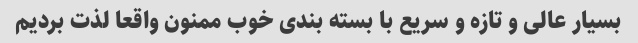
بسیار عالی و تازه و سریع با بسته بندی خوب ممنون واقعا لذت بردیم